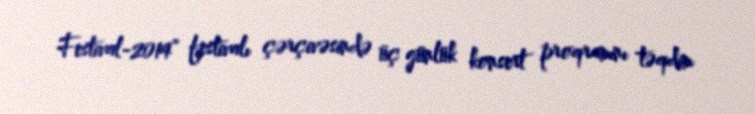
Festival-2014” festivalı çərçivəsində üç günlük konsert proqramını təqdim